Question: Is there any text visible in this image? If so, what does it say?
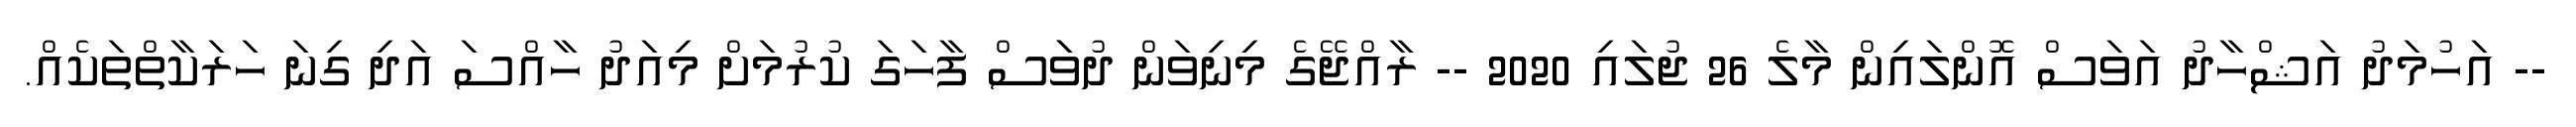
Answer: -- އަހުމަދު އަޝްހާދު އަވަސް އޮންލައިން މާލެ 26 ޖުލައި 2020 -- ރާއްޖޭގެ މިނިވަން ދުވަަސް ފާހަގަ ކުރުމަށް މިއަދު ހާއްސަ އަދި ގިނަ ހަރަކާތްތަކެއް.